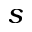
s